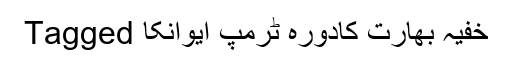
Tagged خفیہ بھارت کادورہ ٹرمپ ایوانکا